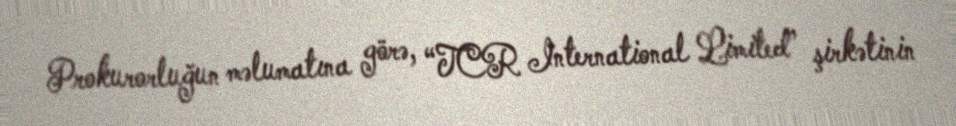
Prokurorluğun məlumatına görə, “TCR International Limited” şirkətinin